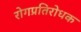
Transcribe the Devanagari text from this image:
रोगप्रतिरोधक